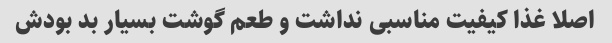
اصلا غذا کیفیت مناسبی نداشت و طعم گوشت بسیار بد بودش